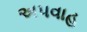
અપવાહ